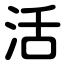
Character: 活